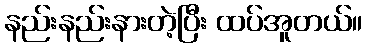
နည်းနည်းနားတဲ့ပြီး ထပ်အူတယ်။